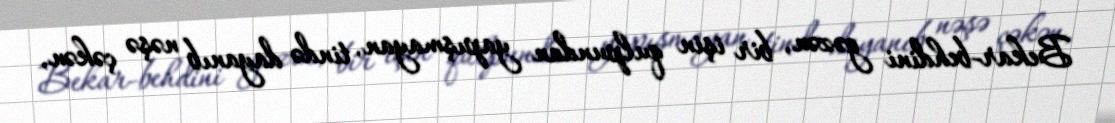
Bekar-behdini gəzən, bir işin qulpundan yapışmayan, tində dayanıb nəşə çəkən,